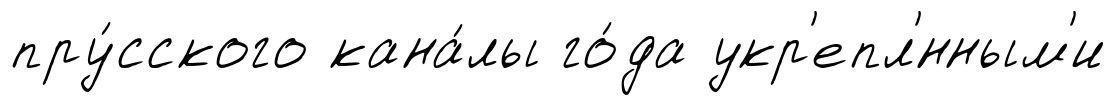
пру́сского кана́лы го́да укр'епл'́нным'и